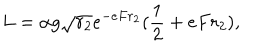
L = \alpha g \sqrt { r _ { 2 } } e ^ { - e F r _ { 2 } } ( { \frac { 1 } { 2 } } + e F r _ { 2 } ) ,